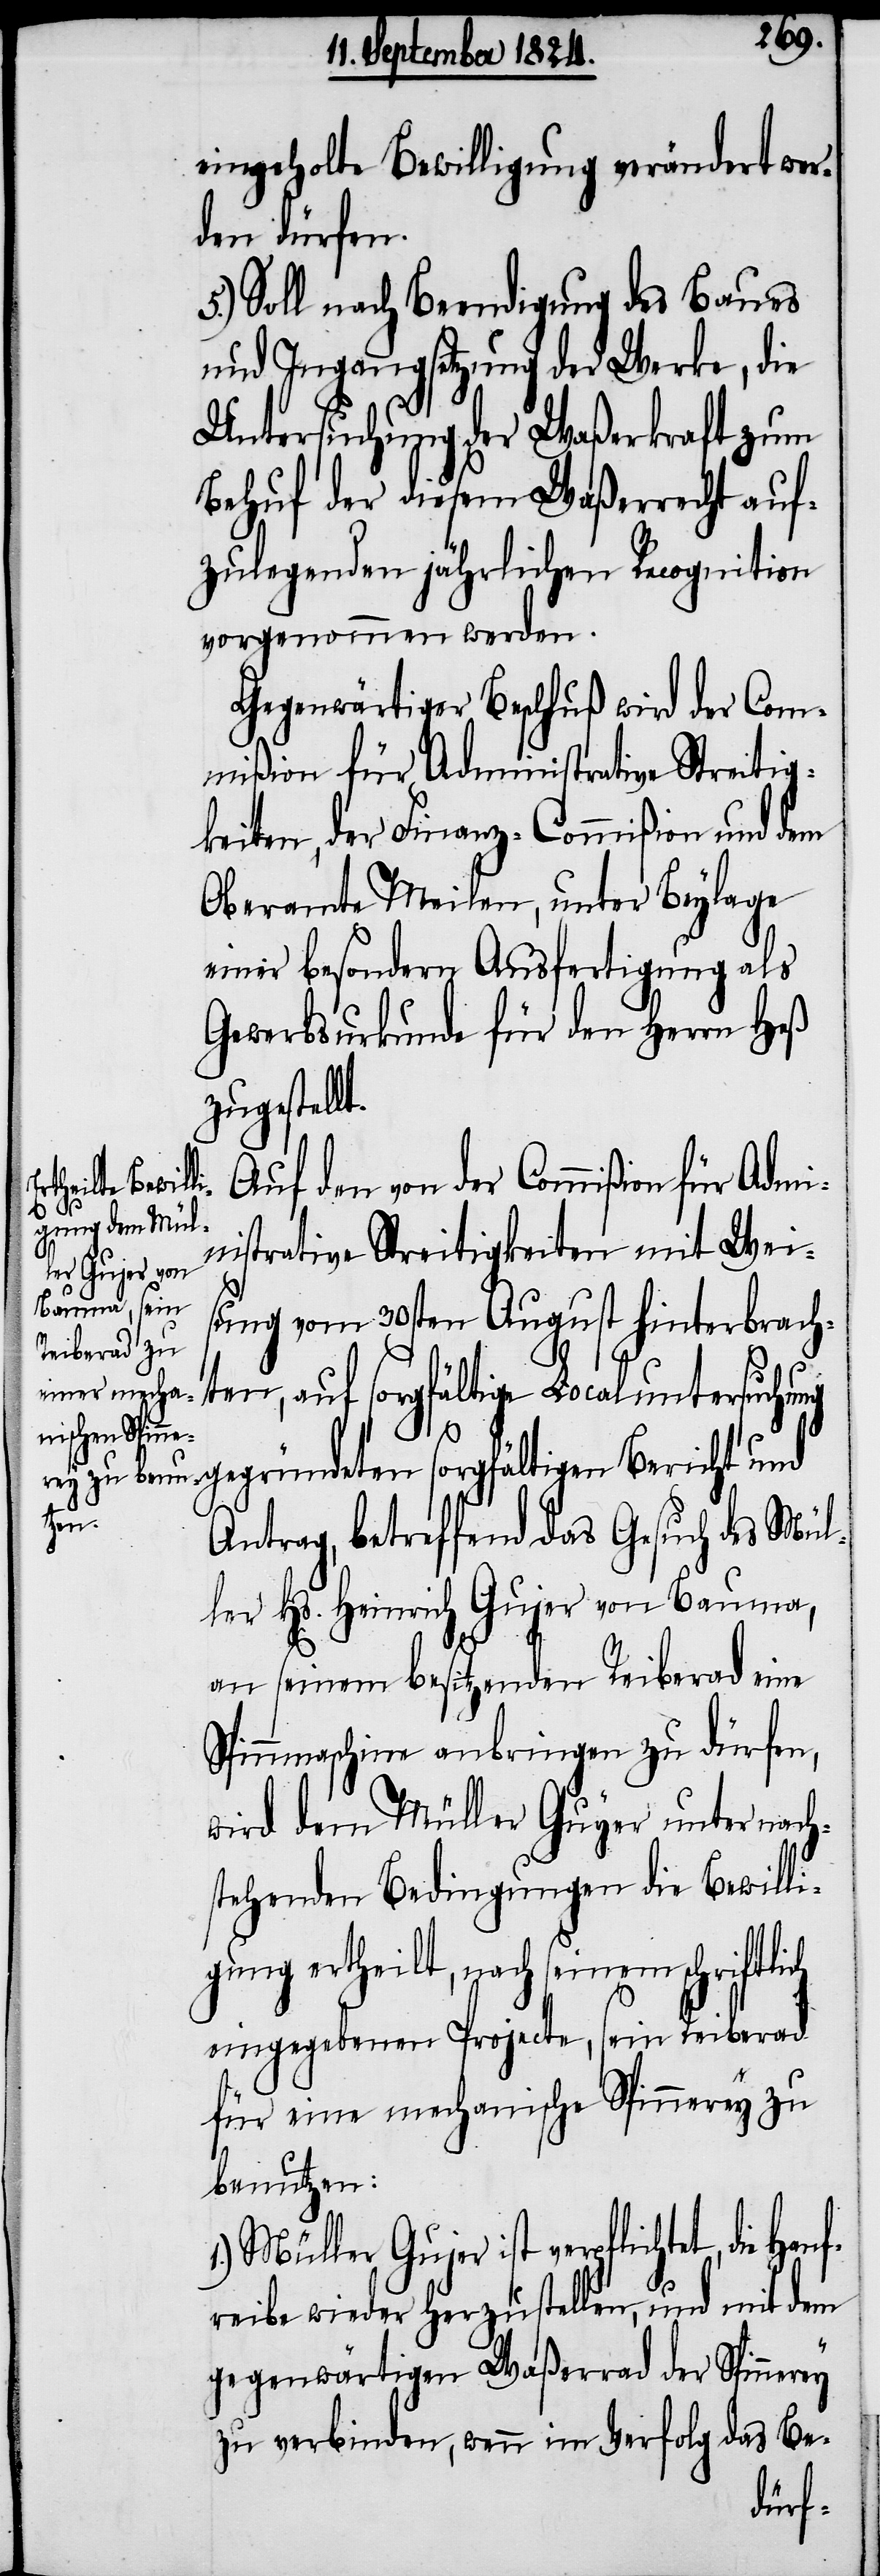
eingeholte Bewilligung verändert wer¬
den dürfen.
5.) Soll nach Beendigung des Baues
und Ingangsetzung der Werke, die
Untersuchung der Waßerkraft zum
Behuf der diesem Waßerrecht auf¬
zulegenden jährlichen Recognition
vorgenommen werden.
Gegenwärtiger Beschluß wird der Com¬
mißion für Administrative Streitig¬
keiten, der Finanz-Commißion und dem
Oberamte Meilen, unter Beylage
einer besondern Ausfertigung als
Gewerbsurkunde für den Herrn Heß
zugestell¬
Auf den von der Commißion für Admi¬
nistrative Streitigkeiten mit Wei¬
sung vom 30sten August hinterbrach¬
ten, auf sorgfältige Localuntersuchu¬
t.
ng gegründeten sorgfältigen Bericht und
ch
Antrag, betreffend das Gesuch des Mül¬
ler Hs. Heinrich Gujer von Bauma,
an seinem besitzenden Reiberad eine
Spinnmaschine anbringen zu dürfen,
wird dem Müller Guyer [sic] unter
stehenden Bedingungen die Bewilli¬
gung ertheilt, nach seinem schriftli¬
eingegebenen Projecte, sein Reiberad
für eine mechanische Spinnerey zu
benutzen.
1.) Müller Gujer ist verpflichtet, die
reibe wieder herzustellen, und mit dem
gegenwärtigen Waßerrad der Spinnerey
zu verbinden, wenn im Verfolg das Be-
Hanf¬